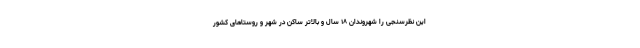
این نظرسنجی را شهروندان ۱۸ سال و بالاتر ساکن در شهر و روستاهای کشور